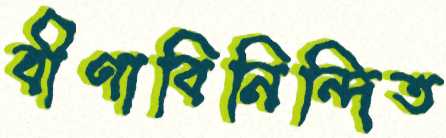
বীণাবিনিন্দিত